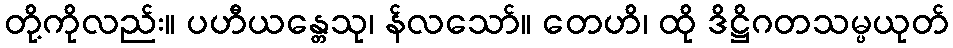
တို့ကိုလည်း။ ပဟီယန္တေသု၊ န်လသော်။ တေဟိ၊ ထို ဒိဋ္ဌိဂတသမ္ပယုတ်